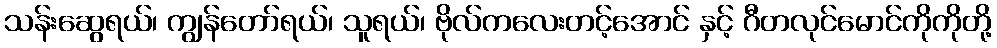
သန်းဆွေရယ်၊ ကျွန်တော်ရယ်၊ သူရယ်၊ ဗိုလ်ကလေးတင့်အောင် နှင့် ဂီတလုင်မောင်ကိုကိုတို့